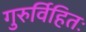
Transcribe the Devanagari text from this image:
गुरुर्विहितः